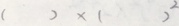
( ) \times ( ) ^ { 2 }